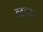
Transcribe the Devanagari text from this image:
ब्ब्ब्ब्ब्